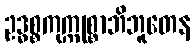
ဥဒ္ဓစ္စကုက္ကုစ္စာဘိဘူတေန